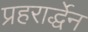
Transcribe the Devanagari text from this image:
प्रहरार्द्धेन